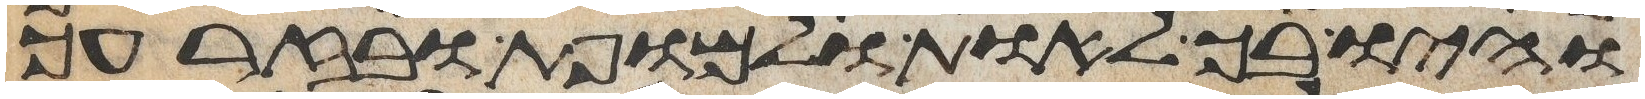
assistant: והיו בך לאות ולמופת ובזרעך